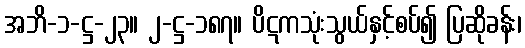
အဘိ-၁-ဋ္ဌ-၂၃။ ၂-ဋ္ဌ-၁၈၇။ ပိဋကသုံးသွယ်နှင့်စပ်၍ ပြဆိုခန်း၊